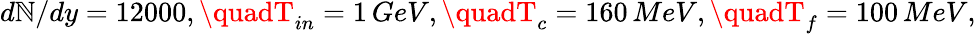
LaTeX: d\mathbb{N}/dy=12000,\quadT_{in}=1\, GeV,\quadT_{c}=160\, MeV,\quadT_{f}=100\, MeV,